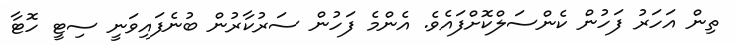
ތިން އަހަރު ފަހުން ކެންސަލްކޮށްފައެވެ. އެންމެ ފަހުން ސަރުކާރުން ބުނެފައިވަނީ ސިޓީ ހޮޓާ